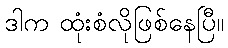
ဒါက ထုံးစံလိုဖြစ်နေပြီ။